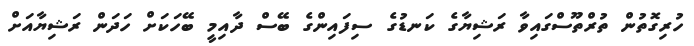
ހުރިގޮތުން ތުރްތޫސްގައިވާ ރަޝިޔާގެ ކަނޑުގެ ސިފައިންގެ ބޭސް ދާއިމީ ބޭހަކަށް ހަދަން ރަޝިޔާއަށް